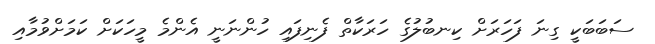
ސަބަބަކީ ގިނަ ފަހަރަށް ކިނބުލުގެ ހަރަކާތް ފެނިފައި ހުންނަނީ އެންމެ މީހަކަށް ކަމަށްވުމާއި